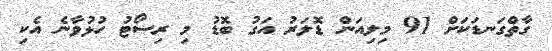
ގާތްގަނޑަކަށް 91 މިލިއަން ޑޮލަރު އަގު ބޮޑު މި ރިސޯޓު ހުޅުވާނެ އެކި